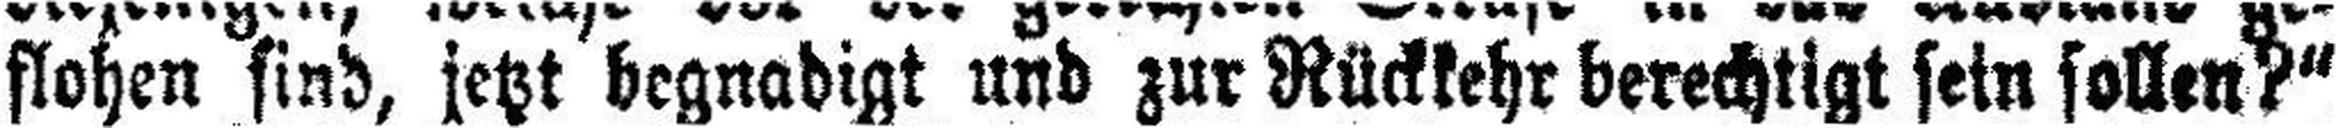
flohen sind, jetzt begnadigt und zur Rückkehr berechtigt sein sollen?“